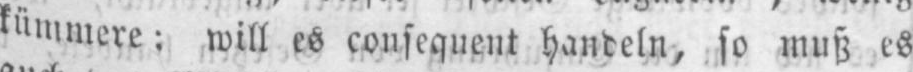
kümmere; will es consequent handeln, so muß es